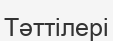
Тәттілері